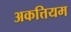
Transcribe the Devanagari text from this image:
अकत्तियम